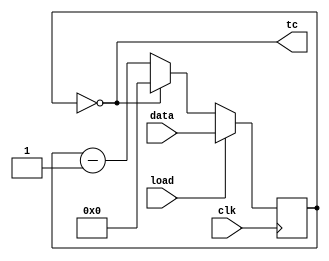
module top_module(
	input clk, 
	input load, 
	input [9:0] data, 
	output tc
);
    reg [9:0]count;
    always @(posedge clk)begin
        if(load) count<=data;
        else if (count==0) count<=0;
        else count<=count-1;
    end
    assign tc=(count==0);
endmodule